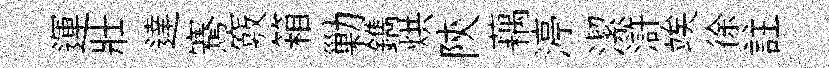
運壯達騫竅箱勦鐫烘陝藕渟潔滸竢徐註